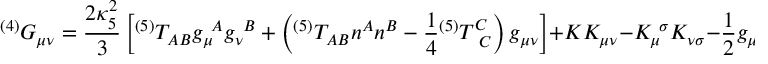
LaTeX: { } ^ { ( 4 ) } G _ { \mu \nu } = { \frac { 2 \kappa _ { 5 } ^ { 2 } } { 3 } } \left[ { } ^ { ( 5 ) } T _ { A B } g _ { \mu } ^ { ~ A } g _ { \nu } ^ { ~ B } + \left( { } ^ { ( 5 ) } T _ { A B } n ^ { A } n ^ { B } - { \frac { 1 } { 4 } } { } ^ { ( 5 ) } T _ { ~ C } ^ { C } \right) g _ { \mu \nu } \right] + K K _ { \mu \nu } - K _ { \mu } ^ { ~ \sigma } K _ { \nu \sigma } - { \frac { 1 } { 2 } } g _ { \mu \nu } \left( K ^ { 2 } - K ^ { \alpha \beta } K _ { \alpha \beta } \right) - E _ { \mu \nu } ,